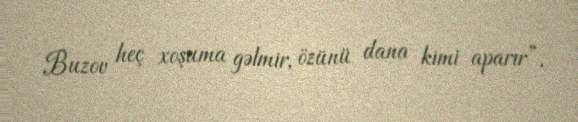
Buzov heç xoşuma gəlmir, özünü dana kimi aparır”.